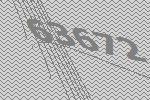
63672